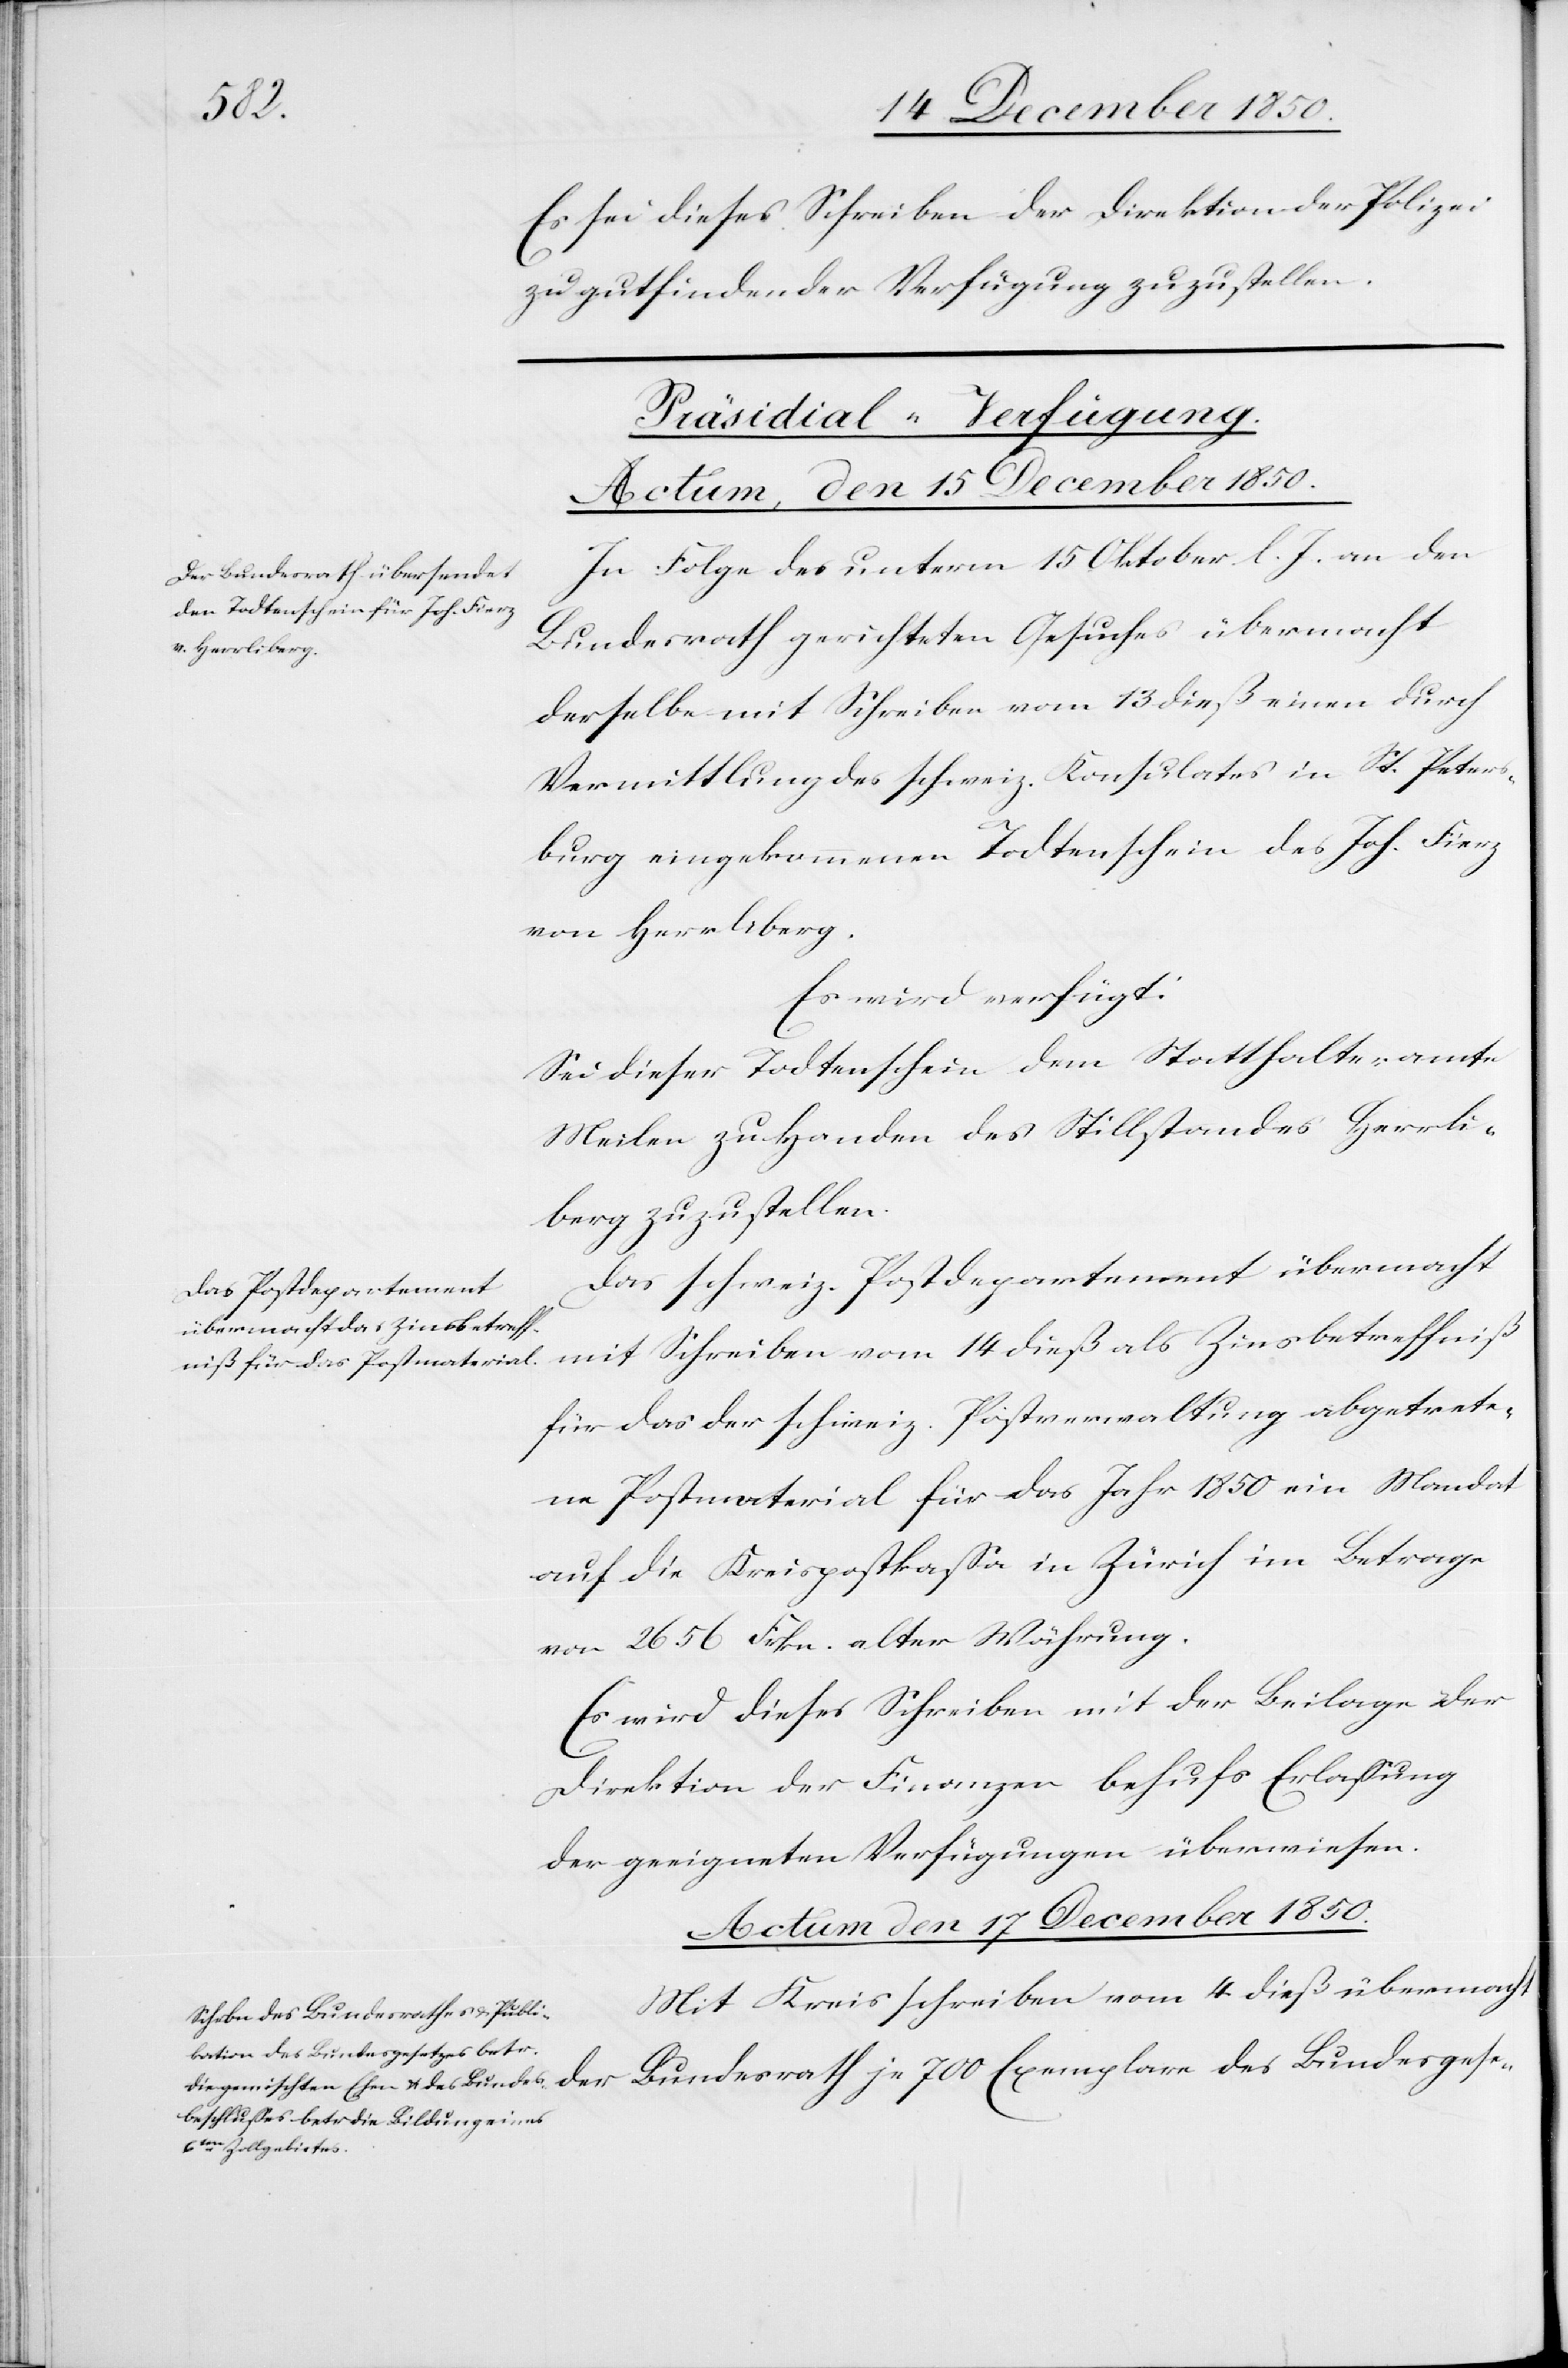
t der
Es sei dieses Schreiben der Direktion der Polizei
zu gutfindender Verfügung zuzustellen.
[Präsidial-Verfügung.]
Actum, den 15 December 1850.]
In Folge des unterm 15 Oktober l. J. an den
Bundesrath gerichteten Gesuches übermacht
derselbe mit Schreiben vom 13 dieß einen durch
Vermittlung des schweiz. Konsulates in St. Peters¬
burg eingekommenen Todtenschein des Joh. Fierz
von Herrliberg.
Es wird verfügt:
Sei dieser Todtenschein dem Statthalteramte
Meilen zu Handen des Stillstandes Herrli¬
berg zuzustellen.
Das schweiz. Postdepartement übermacht
für das der schweiz. Postverwaltung abgetrete¬
ne Postmaterial für das Jahr 1850 ein Mandat
auf die Kreispostkassa in Zürich im Betrage
von 2656 Frkn. alter Währung.
Es wird dieses Schreiben mit der Beilage der
Direktion der Finanzen behufs Erlassung
der geeigneten Verfügungen überwiesen.
Actum den 17 December 1850.
Mit Kreisschreiben vom 4 dieß übermach¬